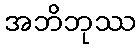
အဘိဘုဿ